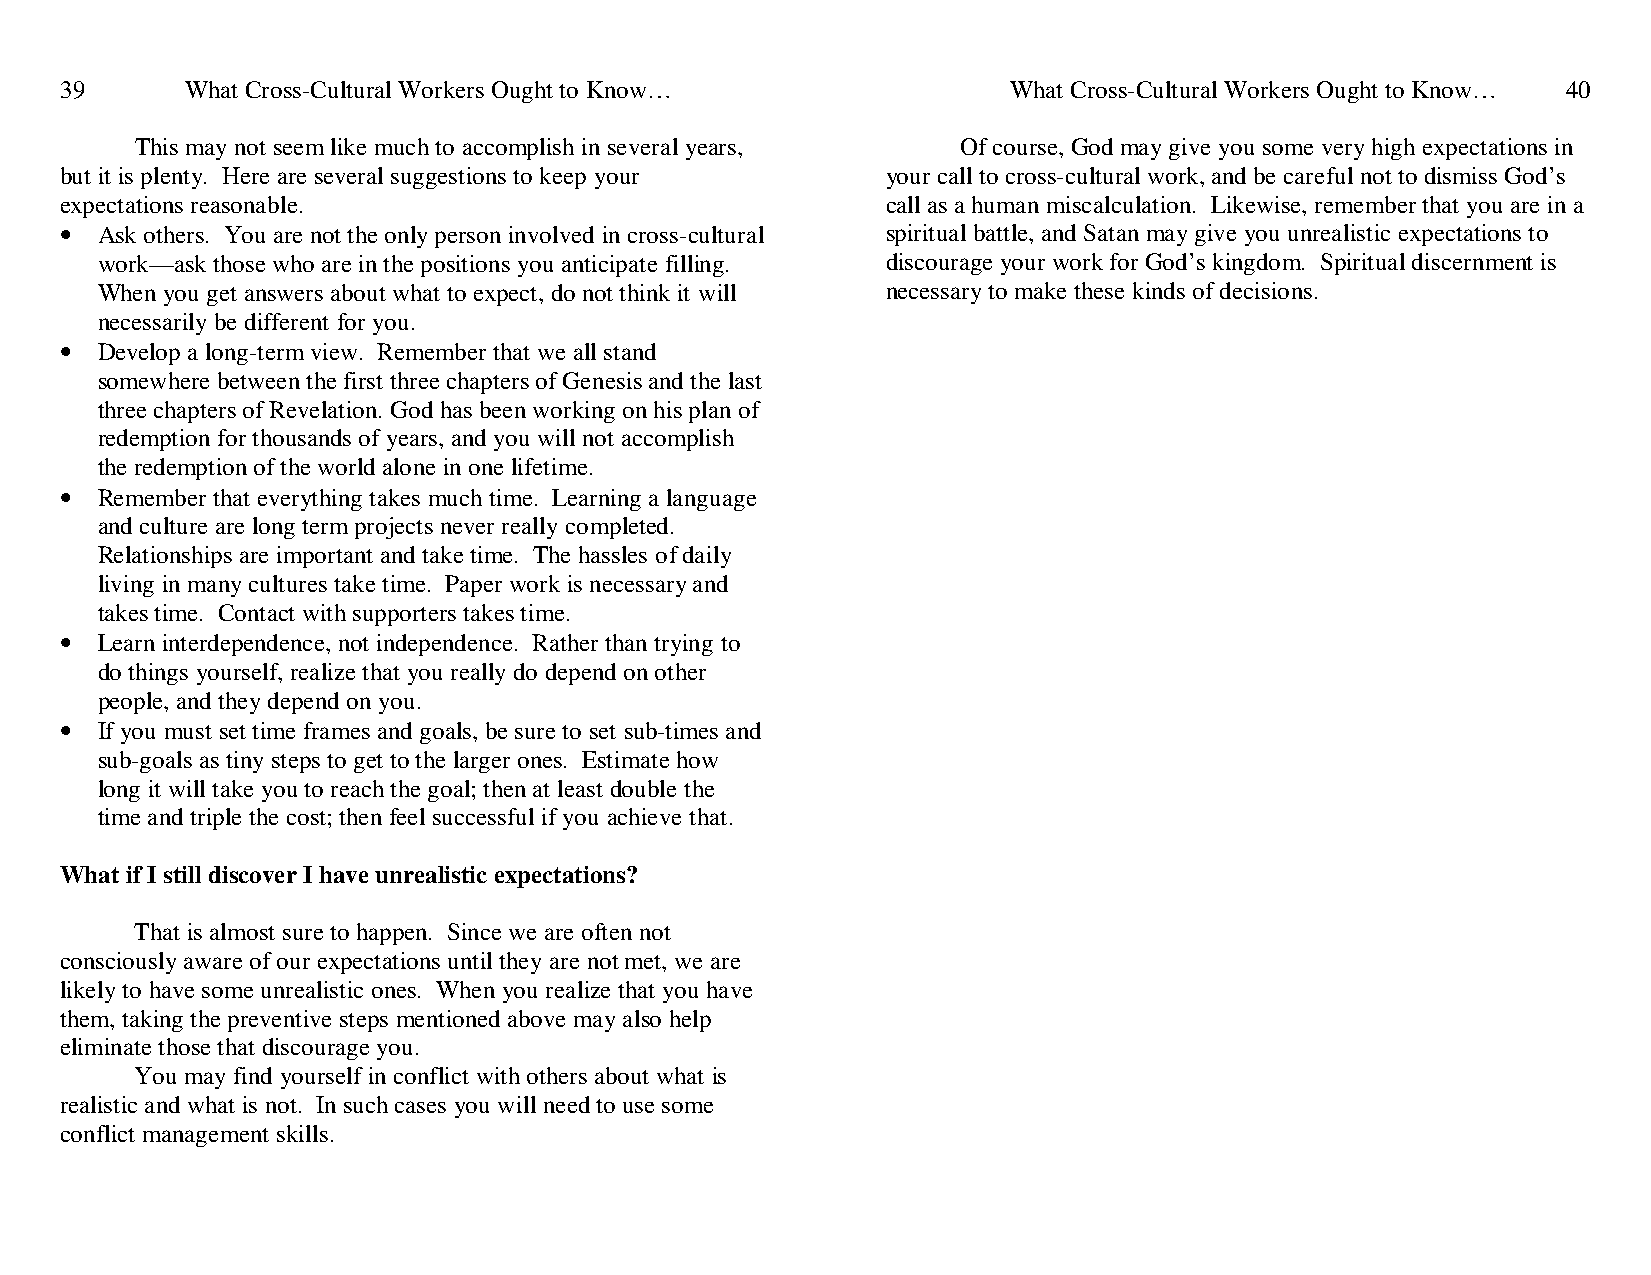
39      What Cross-Cultural Workers Ought to Know…             What Cross-Cultural Workers Ought to Know… 40
 This may not seem like much to accomplish in several years, Of course, God may give you some very high expectations in
 but it is plenty. Here are several suggestions to keep your your call to cross-cultural work, and be careful not to dismiss God’s
 expectations reasonable.                               call as a human miscalculation. Likewise, remember that you are in a
 • Ask others. You are not the only person involved in cross-cultural spiritual battle, and Satan may give you unrealistic expectations to
 work—ask those who are in the positions you anticipate filling. discourage your work for God’s kingdom. Spiritual discernment is
 When you get answers about what to expect, do not think it will necessary to make these kinds of decisions.
 necessarily be different for you.
 • Develop a long-term view. Remember that we all stand
 somewhere between the first three chapters of Genesis and the last
 three chapters of Revelation. God has been working on his plan of
 redemption for thousands of years, and you will not accomplish
 the redemption of the world alone in one lifetime.
 • Remember that everything takes much time. Learning a language
 and culture are long term projects never really completed.
 Relationships are important and take time. The hassles of daily
 living in many cultures take time. Paper work is necessary and
 takes time. Contact with supporters takes time.
 • Learn interdependence, not independence. Rather than trying to
 do things yourself, realize that you really do depend on other
 people, and they depend on you.
 • If you must set time frames and goals, be sure to set sub-times and
 sub-goals as tiny steps to get to the larger ones. Estimate how
 long it will take you to reach the goal; then at least double the
 time and triple the cost; then feel successful if you achieve that.
 What if I still discover I have unrealistic expectations?
 That is almost sure to happen. Since we are often not
 consciously aware of our expectations until they are not met, we are
 likely to have some unrealistic ones. When you realize that you have
 them, taking the preventive steps mentioned above may also help
 eliminate those that discourage you.
 You may find yourself in conflict with others about what is
 realistic and what is not. In such cases you will need to use some
 conflict management skills.